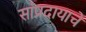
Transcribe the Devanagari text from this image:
सांप्रदायाचे